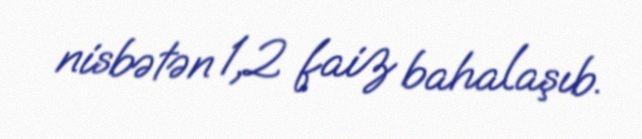
nisbətən 1,2 faiz bahalaşıb.